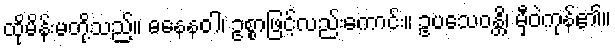
ထိုမိန်းမတို့သည်။ ဓနေနဝါ၊ ဥစ္စာဖြင့်လည်းကောင်း။ ဥပသေဝန္တိ၊ မှီဝဲကုန်၏။